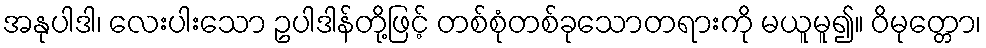
အနုပါဒါ၊ လေးပါးသော ဥပါဒါန်တို့ဖြင့် တစ်စုံတစ်ခုသောတရားကို မယူမူ၍။ ဝိမုတ္တော၊